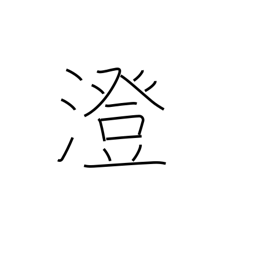
Meaning: strain